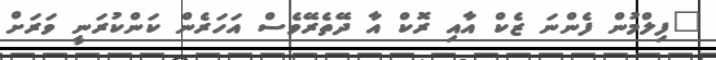
"ފިލްމުން ފެންނަ ޒެކް އާއި ރޮކް އާ ދޭތެރޭވެސް އަހަރެން ކަންކުރަނީ ވަރަށް